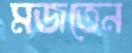
মজতেন